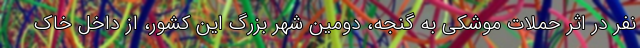
نفر در اثر حملات موشکی به گنجه، دومین شهر بزرگ این کشور، از داخل خاک